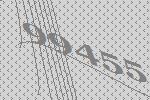
99455